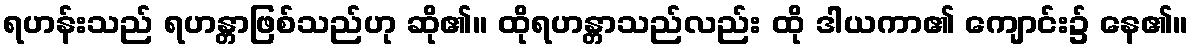
ရဟန်းသည် ရဟန္တာဖြစ်သည်ဟု ဆို၏။ ထိုရဟန္တာသည်လည်း ထို ဒါယကာ၏ ကျောင်း၌ နေ၏။